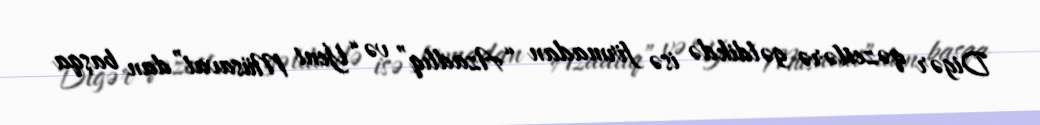
Digər qəzetlərə gəldikdə isə firmadan “Azadlıq” və “Yeni Müsavat”dan başqa